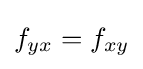
f_{yx}=f_{xy}